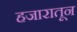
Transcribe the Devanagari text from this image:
हजारातून